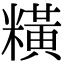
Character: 䊣